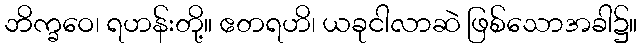
ဘိက္ခဝေ၊ ရဟန်းတို့။ ဧတရဟိ၊ ယခုငါလာဆဲ ဖြစ်သောအခါ၌။